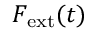
F _ { \mathrm { e x t } } ( t )